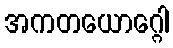
အကတယောဂ္ဂေါ